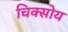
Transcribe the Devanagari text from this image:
चिक्सोय